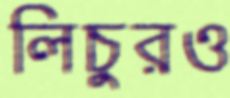
লিচুরও